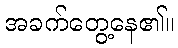
အခက်တွေ့နေ၏။